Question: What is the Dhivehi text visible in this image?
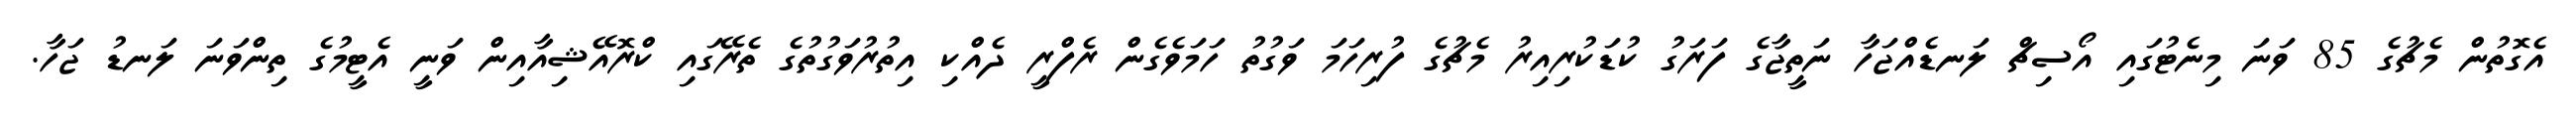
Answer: އެގޮތުން މެޗުގެ 85 ވަނަ މިނެޓުގައި އޯސިޗް ލަނޑެއްޖަހާ ނަތީޖާގެ ފަރަގު ކުޑަކުރިއިރު މެޗުގެ ފުރިހަމަ ވަގުތު ހަމަވެގެން ރެފްރީ ދެއްކި އިތުރުވަގުތުގެ ތެރޭގައި ކްރޮއޭޝިއާއިން ވަނީ އެޓީމުގެ ތިންވަނަ ލަނޑު ޖަހާ.